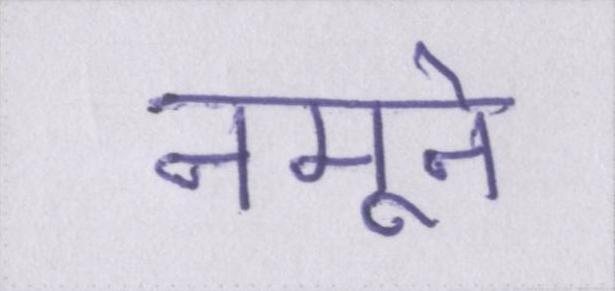
नमूने